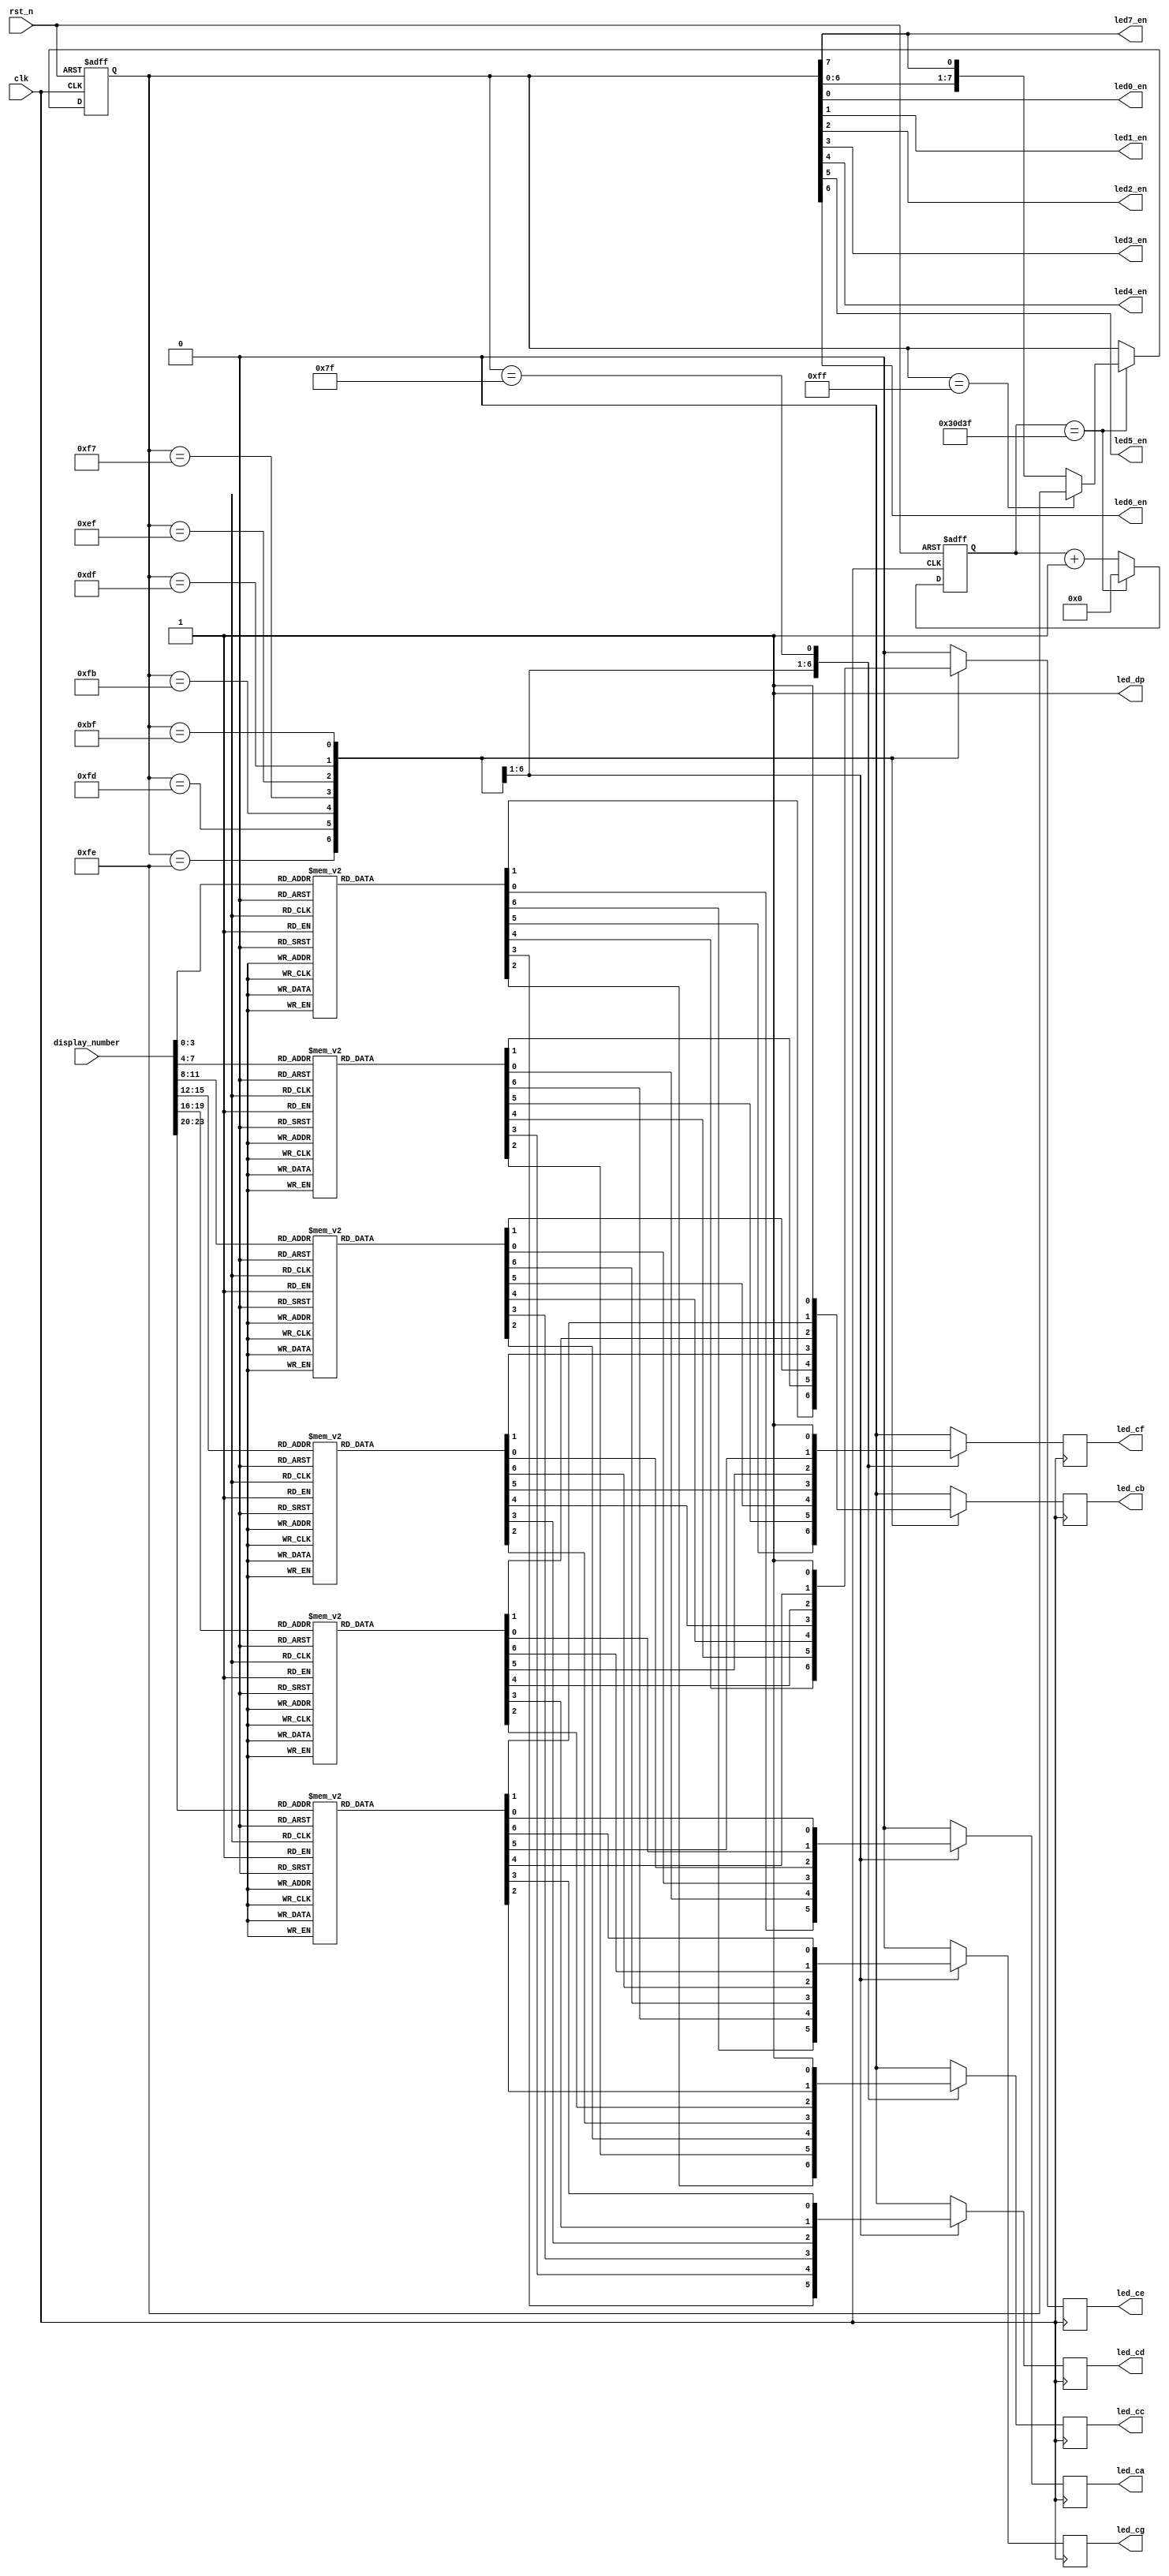
module led_display(
    input clk   ,
	input rst_n ,
	(* DONT_TOUCH = "1" *) input [31:0] display_number,
	output led0_en,
	output led1_en,
	output led2_en,
	output led3_en,
	output led4_en,
	output led5_en,
	output led6_en,
	output led7_en,
	output reg led_ca,
	output reg led_cb,
    output reg led_cc,
	output reg led_cd,
	output reg led_ce,
	output reg led_cf,
	output reg led_cg,
	output led_dp 
);

reg [7:0] led_en;
reg [24:0] cnt2ms;

assign led0_en = led_en[0];
assign led1_en = led_en[1];
assign led2_en = led_en[2];
assign led3_en = led_en[3];
assign led4_en = led_en[4];
assign led5_en = led_en[5];
assign led6_en = led_en[6];
assign led7_en = led_en[7];

assign led_dp = 1'b1;

always @(posedge clk or negedge rst_n) begin
	if(~rst_n)		cnt2ms <= 25'b0;
	else if(cnt2ms == 200_000-1)	cnt2ms <= 25'b0;
	else cnt2ms <= cnt2ms + 25'b1;
end

always @(posedge clk or negedge rst_n) begin
	if(~rst_n) led_en <= 8'b1111_1111;
	else if(cnt2ms == 200_000-1) begin
		if(led_en == 8'b1111_1111)	led_en <= 8'b1111_1110;
		else	led_en <= {led_en[6:0], led_en[7]};
	end
end

always @(posedge clk) begin
	case(led_en)
		8'b1111_1110: begin
			 case(display_number[3:0])
			     4'b0000: begin // 0
			        led_ca <= 1'b0;
                    led_cb <= 1'b0;
                    led_cc <= 1'b0;
                    led_cd <= 1'b0;
                    led_ce <= 1'b0;
                    led_cf <= 1'b0;
                    led_cg <= 1'b1;
                 end
                 4'b0001: begin // 1
                    led_ca <= 1'b1; 
                    led_cb <= 1'b0;
                    led_cc <= 1'b0; 
                    led_cd <= 1'b1;
                    led_ce <= 1'b1;
                    led_cf <= 1'b1;
                    led_cg <= 1'b1;
                 end
                 4'b0010: begin // 2
                    led_ca <= 1'b0;
                    led_cb <= 1'b0;
                    led_cc <= 1'b1;
                    led_cd <= 1'b0;
                    led_ce <= 1'b0;
                    led_cf <= 1'b1;
                    led_cg <= 1'b0;
                 end
                 4'b0011: begin // 3
                    led_ca <= 1'b0;
                    led_cb <= 1'b0;
                    led_cc <= 1'b0;
                    led_cd <= 1'b0;
                    led_ce <= 1'b1;
                    led_cf <= 1'b1;
                    led_cg <= 1'b0;
                 end
                 4'b0100: begin // 4
                    led_ca <= 1'b1; 
                    led_cb <= 1'b0;
                    led_cc <= 1'b0; 
                    led_cd <= 1'b1;
                    led_ce <= 1'b1;
                    led_cf <= 1'b0;
                    led_cg <= 1'b0;
                 end
                 4'b0101: begin // 5
                    led_ca <= 1'b0;
                    led_cb <= 1'b1;
                    led_cc <= 1'b0;
                    led_cd <= 1'b0;
                    led_ce <= 1'b1;
                    led_cf <= 1'b0;
                    led_cg <= 1'b0;
                 end
                 4'b0110: begin // 6
                    led_ca <= 1'b0; 
                    led_cb <= 1'b1;
                    led_cc <= 1'b0; 
                    led_cd <= 1'b0;
                    led_ce <= 1'b0;
                    led_cf <= 1'b0;
                    led_cg <= 1'b0;
                 end
                 4'b0111: begin // 7
                    led_ca <= 1'b0; 
                    led_cb <= 1'b0;
                    led_cc <= 1'b0; 
                    led_cd <= 1'b1;
                    led_ce <= 1'b1;
                    led_cf <= 1'b1;
                    led_cg <= 1'b1;
                 end
                 4'b1000: begin // 8
                    led_ca <= 1'b0; 
                    led_cb <= 1'b0;
                    led_cc <= 1'b0; 
                    led_cd <= 1'b0;
                    led_ce <= 1'b0;
                    led_cf <= 1'b0;
                    led_cg <= 1'b0;
                 end
                 4'b1001: begin // 9
                    led_ca <= 1'b0; 
                    led_cb <= 1'b0;
                    led_cc <= 1'b0; 
                    led_cd <= 1'b1;
                    led_ce <= 1'b1;
                    led_cf <= 1'b0;
                    led_cg <= 1'b0;
                 end
                 4'b1010: begin // a
                    led_ca <= 1'b0; 
                    led_cb <= 1'b0;
                    led_cc <= 1'b0; 
                    led_cd <= 1'b1;
                    led_ce <= 1'b0;
                    led_cf <= 1'b0;
                    led_cg <= 1'b0;
                 end
                 4'b1011: begin // b
                    led_ca <= 1'b1; 
                    led_cb <= 1'b1;
                    led_cc <= 1'b0; 
                    led_cd <= 1'b0;
                    led_ce <= 1'b0;
                    led_cf <= 1'b0;
                    led_cg <= 1'b0;
                 end
                 4'b1100: begin // c
                    led_ca <= 1'b1; 
                    led_cb <= 1'b1;
                    led_cc <= 1'b1; 
                    led_cd <= 1'b0;
                    led_ce <= 1'b0;
                    led_cf <= 1'b1;
                    led_cg <= 1'b0;
                 end
                 4'b1101: begin // d
                    led_ca <= 1'b1; 
                    led_cb <= 1'b0;
                    led_cc <= 1'b0; 
                    led_cd <= 1'b0;
                    led_ce <= 1'b0;
                    led_cf <= 1'b1;
                    led_cg <= 1'b0;
                 end
                 4'b1110: begin // e
                    led_ca <= 1'b0; 
                    led_cb <= 1'b1;
                    led_cc <= 1'b1; 
                    led_cd <= 1'b0;
                    led_ce <= 1'b0;
                    led_cf <= 1'b0;
                    led_cg <= 1'b0;
                 end
                 4'b1111: begin // f
                    led_ca <= 1'b0; 
                    led_cb <= 1'b1;
                    led_cc <= 1'b1; 
                    led_cd <= 1'b1;
                    led_ce <= 1'b0;
                    led_cf <= 1'b0;
                    led_cg <= 1'b0;
                 end
                 default: begin
                    led_ca <= 1'b0; 
                    led_cb <= 1'b0;
                    led_cc <= 1'b0; 
                    led_cd <= 1'b0;
                    led_ce <= 1'b0;
                    led_cf <= 1'b0;
                    led_cg <= 1'b0;
                 end
             endcase
		end
		8'b1111_1101: begin 
		     case(display_number[7:4])
			     4'b0000: begin // 0
			        led_ca <= 1'b0;
                    led_cb <= 1'b0;
                    led_cc <= 1'b0;
                    led_cd <= 1'b0;
                    led_ce <= 1'b0;
                    led_cf <= 1'b0;
                    led_cg <= 1'b1;
                 end
                 4'b0001: begin // 1
                    led_ca <= 1'b1; 
                    led_cb <= 1'b0;
                    led_cc <= 1'b0; 
                    led_cd <= 1'b1;
                    led_ce <= 1'b1;
                    led_cf <= 1'b1;
                    led_cg <= 1'b1;
                 end
                 4'b0010: begin // 2
                    led_ca <= 1'b0;
                    led_cb <= 1'b0;
                    led_cc <= 1'b1;
                    led_cd <= 1'b0;
                    led_ce <= 1'b0;
                    led_cf <= 1'b1;
                    led_cg <= 1'b0;
                 end
                 4'b0011: begin // 3
                    led_ca <= 1'b0;
                    led_cb <= 1'b0;
                    led_cc <= 1'b0;
                    led_cd <= 1'b0;
                    led_ce <= 1'b1;
                    led_cf <= 1'b1;
                    led_cg <= 1'b0;
                 end
                 4'b0100: begin // 4
                    led_ca <= 1'b1; 
                    led_cb <= 1'b0;
                    led_cc <= 1'b0; 
                    led_cd <= 1'b1;
                    led_ce <= 1'b1;
                    led_cf <= 1'b0;
                    led_cg <= 1'b0;
                 end
                 4'b0101: begin // 5
                    led_ca <= 1'b0;
                    led_cb <= 1'b1;
                    led_cc <= 1'b0;
                    led_cd <= 1'b0;
                    led_ce <= 1'b1;
                    led_cf <= 1'b0;
                    led_cg <= 1'b0;
                 end
                 4'b0110: begin // 6
                    led_ca <= 1'b0; 
                    led_cb <= 1'b1;
                    led_cc <= 1'b0; 
                    led_cd <= 1'b0;
                    led_ce <= 1'b0;
                    led_cf <= 1'b0;
                    led_cg <= 1'b0;
                 end
                 4'b0111: begin // 7
                    led_ca <= 1'b0; 
                    led_cb <= 1'b0;
                    led_cc <= 1'b0; 
                    led_cd <= 1'b1;
                    led_ce <= 1'b1;
                    led_cf <= 1'b1;
                    led_cg <= 1'b1;
                 end
                 4'b1000: begin // 8
                    led_ca <= 1'b0; 
                    led_cb <= 1'b0;
                    led_cc <= 1'b0; 
                    led_cd <= 1'b0;
                    led_ce <= 1'b0;
                    led_cf <= 1'b0;
                    led_cg <= 1'b0;
                 end
                 4'b1001: begin // 9
                    led_ca <= 1'b0; 
                    led_cb <= 1'b0;
                    led_cc <= 1'b0; 
                    led_cd <= 1'b1;
                    led_ce <= 1'b1;
                    led_cf <= 1'b0;
                    led_cg <= 1'b0;
                 end
                 4'b1010: begin // a
                    led_ca <= 1'b0; 
                    led_cb <= 1'b0;
                    led_cc <= 1'b0; 
                    led_cd <= 1'b1;
                    led_ce <= 1'b0;
                    led_cf <= 1'b0;
                    led_cg <= 1'b0;
                 end
                 4'b1011: begin // b
                    led_ca <= 1'b1; 
                    led_cb <= 1'b1;
                    led_cc <= 1'b0; 
                    led_cd <= 1'b0;
                    led_ce <= 1'b0;
                    led_cf <= 1'b0;
                    led_cg <= 1'b0;
                 end
                 4'b1100: begin // c
                    led_ca <= 1'b1; 
                    led_cb <= 1'b1;
                    led_cc <= 1'b1; 
                    led_cd <= 1'b0;
                    led_ce <= 1'b0;
                    led_cf <= 1'b1;
                    led_cg <= 1'b0;
                 end
                 4'b1101: begin // d
                    led_ca <= 1'b1; 
                    led_cb <= 1'b0;
                    led_cc <= 1'b0; 
                    led_cd <= 1'b0;
                    led_ce <= 1'b0;
                    led_cf <= 1'b1;
                    led_cg <= 1'b0;
                 end
                 4'b1110: begin // e
                    led_ca <= 1'b0; 
                    led_cb <= 1'b1;
                    led_cc <= 1'b1; 
                    led_cd <= 1'b0;
                    led_ce <= 1'b0;
                    led_cf <= 1'b0;
                    led_cg <= 1'b0;
                 end
                 4'b1111: begin // f
                    led_ca <= 1'b0; 
                    led_cb <= 1'b1;
                    led_cc <= 1'b1; 
                    led_cd <= 1'b1;
                    led_ce <= 1'b0;
                    led_cf <= 1'b0;
                    led_cg <= 1'b0;
                 end
                 default: begin
                    led_ca <= 1'b0; 
                    led_cb <= 1'b0;
                    led_cc <= 1'b0; 
                    led_cd <= 1'b0;
                    led_ce <= 1'b0;
                    led_cf <= 1'b0;
                    led_cg <= 1'b0;
                 end
             endcase
		end
		8'b1111_1011: begin
			 case(display_number[11:8])
			     4'b0000: begin // 0
			        led_ca <= 1'b0;
                    led_cb <= 1'b0;
                    led_cc <= 1'b0;
                    led_cd <= 1'b0;
                    led_ce <= 1'b0;
                    led_cf <= 1'b0;
                    led_cg <= 1'b1;
                 end
                 4'b0001: begin // 1
                    led_ca <= 1'b1; 
                    led_cb <= 1'b0;
                    led_cc <= 1'b0; 
                    led_cd <= 1'b1;
                    led_ce <= 1'b1;
                    led_cf <= 1'b1;
                    led_cg <= 1'b1;
                 end
                 4'b0010: begin // 2
                    led_ca <= 1'b0;
                    led_cb <= 1'b0;
                    led_cc <= 1'b1;
                    led_cd <= 1'b0;
                    led_ce <= 1'b0;
                    led_cf <= 1'b1;
                    led_cg <= 1'b0;
                 end
                 4'b0011: begin // 3
                    led_ca <= 1'b0;
                    led_cb <= 1'b0;
                    led_cc <= 1'b0;
                    led_cd <= 1'b0;
                    led_ce <= 1'b1;
                    led_cf <= 1'b1;
                    led_cg <= 1'b0;
                 end
                 4'b0100: begin // 4
                    led_ca <= 1'b1; 
                    led_cb <= 1'b0;
                    led_cc <= 1'b0; 
                    led_cd <= 1'b1;
                    led_ce <= 1'b1;
                    led_cf <= 1'b0;
                    led_cg <= 1'b0;
                 end
                 4'b0101: begin // 5
                    led_ca <= 1'b0;
                    led_cb <= 1'b1;
                    led_cc <= 1'b0;
                    led_cd <= 1'b0;
                    led_ce <= 1'b1;
                    led_cf <= 1'b0;
                    led_cg <= 1'b0;
                 end
                 4'b0110: begin // 6
                    led_ca <= 1'b0; 
                    led_cb <= 1'b1;
                    led_cc <= 1'b0; 
                    led_cd <= 1'b0;
                    led_ce <= 1'b0;
                    led_cf <= 1'b0;
                    led_cg <= 1'b0;
                 end
                 4'b0111: begin // 7
                    led_ca <= 1'b0; 
                    led_cb <= 1'b0;
                    led_cc <= 1'b0; 
                    led_cd <= 1'b1;
                    led_ce <= 1'b1;
                    led_cf <= 1'b1;
                    led_cg <= 1'b1;
                 end
                 4'b1000: begin // 8
                    led_ca <= 1'b0; 
                    led_cb <= 1'b0;
                    led_cc <= 1'b0; 
                    led_cd <= 1'b0;
                    led_ce <= 1'b0;
                    led_cf <= 1'b0;
                    led_cg <= 1'b0;
                 end
                 4'b1001: begin // 9
                    led_ca <= 1'b0; 
                    led_cb <= 1'b0;
                    led_cc <= 1'b0; 
                    led_cd <= 1'b1;
                    led_ce <= 1'b1;
                    led_cf <= 1'b0;
                    led_cg <= 1'b0;
                 end
                 4'b1010: begin // a
                    led_ca <= 1'b0; 
                    led_cb <= 1'b0;
                    led_cc <= 1'b0; 
                    led_cd <= 1'b1;
                    led_ce <= 1'b0;
                    led_cf <= 1'b0;
                    led_cg <= 1'b0;
                 end
                 4'b1011: begin // b
                    led_ca <= 1'b1; 
                    led_cb <= 1'b1;
                    led_cc <= 1'b0; 
                    led_cd <= 1'b0;
                    led_ce <= 1'b0;
                    led_cf <= 1'b0;
                    led_cg <= 1'b0;
                 end
                 4'b1100: begin // c
                    led_ca <= 1'b1; 
                    led_cb <= 1'b1;
                    led_cc <= 1'b1; 
                    led_cd <= 1'b0;
                    led_ce <= 1'b0;
                    led_cf <= 1'b1;
                    led_cg <= 1'b0;
                 end
                 4'b1101: begin // d
                    led_ca <= 1'b1; 
                    led_cb <= 1'b0;
                    led_cc <= 1'b0; 
                    led_cd <= 1'b0;
                    led_ce <= 1'b0;
                    led_cf <= 1'b1;
                    led_cg <= 1'b0;
                 end
                 4'b1110: begin // e
                    led_ca <= 1'b0; 
                    led_cb <= 1'b1;
                    led_cc <= 1'b1; 
                    led_cd <= 1'b0;
                    led_ce <= 1'b0;
                    led_cf <= 1'b0;
                    led_cg <= 1'b0;
                 end
                 4'b1111: begin // f
                    led_ca <= 1'b0; 
                    led_cb <= 1'b1;
                    led_cc <= 1'b1; 
                    led_cd <= 1'b1;
                    led_ce <= 1'b0;
                    led_cf <= 1'b0;
                    led_cg <= 1'b0;
                 end
                 default: begin
                    led_ca <= 1'b0; 
                    led_cb <= 1'b0;
                    led_cc <= 1'b0; 
                    led_cd <= 1'b0;
                    led_ce <= 1'b0;
                    led_cf <= 1'b0;
                    led_cg <= 1'b0;
                 end
             endcase
		end
		8'b1111_0111: begin 
			 case(display_number[15:12])
			     4'b0000: begin // 0
			        led_ca <= 1'b0;
                    led_cb <= 1'b0;
                    led_cc <= 1'b0;
                    led_cd <= 1'b0;
                    led_ce <= 1'b0;
                    led_cf <= 1'b0;
                    led_cg <= 1'b1;
                 end
                 4'b0001: begin // 1
                    led_ca <= 1'b1; 
                    led_cb <= 1'b0;
                    led_cc <= 1'b0; 
                    led_cd <= 1'b1;
                    led_ce <= 1'b1;
                    led_cf <= 1'b1;
                    led_cg <= 1'b1;
                 end
                 4'b0010: begin // 2
                    led_ca <= 1'b0;
                    led_cb <= 1'b0;
                    led_cc <= 1'b1;
                    led_cd <= 1'b0;
                    led_ce <= 1'b0;
                    led_cf <= 1'b1;
                    led_cg <= 1'b0;
                 end
                 4'b0011: begin // 3
                    led_ca <= 1'b0;
                    led_cb <= 1'b0;
                    led_cc <= 1'b0;
                    led_cd <= 1'b0;
                    led_ce <= 1'b1;
                    led_cf <= 1'b1;
                    led_cg <= 1'b0;
                 end
                 4'b0100: begin // 4
                    led_ca <= 1'b1; 
                    led_cb <= 1'b0;
                    led_cc <= 1'b0; 
                    led_cd <= 1'b1;
                    led_ce <= 1'b1;
                    led_cf <= 1'b0;
                    led_cg <= 1'b0;
                 end
                 4'b0101: begin // 5
                    led_ca <= 1'b0;
                    led_cb <= 1'b1;
                    led_cc <= 1'b0;
                    led_cd <= 1'b0;
                    led_ce <= 1'b1;
                    led_cf <= 1'b0;
                    led_cg <= 1'b0;
                 end
                 4'b0110: begin // 6
                    led_ca <= 1'b0; 
                    led_cb <= 1'b1;
                    led_cc <= 1'b0; 
                    led_cd <= 1'b0;
                    led_ce <= 1'b0;
                    led_cf <= 1'b0;
                    led_cg <= 1'b0;
                 end
                 4'b0111: begin // 7
                    led_ca <= 1'b0; 
                    led_cb <= 1'b0;
                    led_cc <= 1'b0; 
                    led_cd <= 1'b1;
                    led_ce <= 1'b1;
                    led_cf <= 1'b1;
                    led_cg <= 1'b1;
                 end
                 4'b1000: begin // 8
                    led_ca <= 1'b0; 
                    led_cb <= 1'b0;
                    led_cc <= 1'b0; 
                    led_cd <= 1'b0;
                    led_ce <= 1'b0;
                    led_cf <= 1'b0;
                    led_cg <= 1'b0;
                 end
                 4'b1001: begin // 9
                    led_ca <= 1'b0; 
                    led_cb <= 1'b0;
                    led_cc <= 1'b0; 
                    led_cd <= 1'b1;
                    led_ce <= 1'b1;
                    led_cf <= 1'b0;
                    led_cg <= 1'b0;
                 end
                 4'b1010: begin // a
                    led_ca <= 1'b0; 
                    led_cb <= 1'b0;
                    led_cc <= 1'b0; 
                    led_cd <= 1'b1;
                    led_ce <= 1'b0;
                    led_cf <= 1'b0;
                    led_cg <= 1'b0;
                 end
                 4'b1011: begin // b
                    led_ca <= 1'b1; 
                    led_cb <= 1'b1;
                    led_cc <= 1'b0; 
                    led_cd <= 1'b0;
                    led_ce <= 1'b0;
                    led_cf <= 1'b0;
                    led_cg <= 1'b0;
                 end
                 4'b1100: begin // c
                    led_ca <= 1'b1; 
                    led_cb <= 1'b1;
                    led_cc <= 1'b1; 
                    led_cd <= 1'b0;
                    led_ce <= 1'b0;
                    led_cf <= 1'b1;
                    led_cg <= 1'b0;
                 end
                 4'b1101: begin // d
                    led_ca <= 1'b1; 
                    led_cb <= 1'b0;
                    led_cc <= 1'b0; 
                    led_cd <= 1'b0;
                    led_ce <= 1'b0;
                    led_cf <= 1'b1;
                    led_cg <= 1'b0;
                 end
                 4'b1110: begin // e
                    led_ca <= 1'b0; 
                    led_cb <= 1'b1;
                    led_cc <= 1'b1; 
                    led_cd <= 1'b0;
                    led_ce <= 1'b0;
                    led_cf <= 1'b0;
                    led_cg <= 1'b0;
                 end
                 4'b1111: begin // f
                    led_ca <= 1'b0; 
                    led_cb <= 1'b1;
                    led_cc <= 1'b1; 
                    led_cd <= 1'b1;
                    led_ce <= 1'b0;
                    led_cf <= 1'b0;
                    led_cg <= 1'b0;
                 end
                 default: begin
                    led_ca <= 1'b0; 
                    led_cb <= 1'b0;
                    led_cc <= 1'b0; 
                    led_cd <= 1'b0;
                    led_ce <= 1'b0;
                    led_cf <= 1'b0;
                    led_cg <= 1'b0;
                 end
             endcase
		end
		8'b1110_1111: begin 
		     case(display_number[19:16])
			     4'b0000: begin // 0
			        led_ca <= 1'b0;
                    led_cb <= 1'b0;
                    led_cc <= 1'b0;
                    led_cd <= 1'b0;
                    led_ce <= 1'b0;
                    led_cf <= 1'b0;
                    led_cg <= 1'b1;
                 end
                 4'b0001: begin // 1
                    led_ca <= 1'b1; 
                    led_cb <= 1'b0;
                    led_cc <= 1'b0; 
                    led_cd <= 1'b1;
                    led_ce <= 1'b1;
                    led_cf <= 1'b1;
                    led_cg <= 1'b1;
                 end
                 4'b0010: begin // 2
                    led_ca <= 1'b0;
                    led_cb <= 1'b0;
                    led_cc <= 1'b1;
                    led_cd <= 1'b0;
                    led_ce <= 1'b0;
                    led_cf <= 1'b1;
                    led_cg <= 1'b0;
                 end
                 4'b0011: begin // 3
                    led_ca <= 1'b0;
                    led_cb <= 1'b0;
                    led_cc <= 1'b0;
                    led_cd <= 1'b0;
                    led_ce <= 1'b1;
                    led_cf <= 1'b1;
                    led_cg <= 1'b0;
                 end
                 4'b0100: begin // 4
                    led_ca <= 1'b1; 
                    led_cb <= 1'b0;
                    led_cc <= 1'b0; 
                    led_cd <= 1'b1;
                    led_ce <= 1'b1;
                    led_cf <= 1'b0;
                    led_cg <= 1'b0;
                 end
                 4'b0101: begin // 5
                    led_ca <= 1'b0;
                    led_cb <= 1'b1;
                    led_cc <= 1'b0;
                    led_cd <= 1'b0;
                    led_ce <= 1'b1;
                    led_cf <= 1'b0;
                    led_cg <= 1'b0;
                 end
                 4'b0110: begin // 6
                    led_ca <= 1'b0; 
                    led_cb <= 1'b1;
                    led_cc <= 1'b0; 
                    led_cd <= 1'b0;
                    led_ce <= 1'b0;
                    led_cf <= 1'b0;
                    led_cg <= 1'b0;
                 end
                 4'b0111: begin // 7
                    led_ca <= 1'b0; 
                    led_cb <= 1'b0;
                    led_cc <= 1'b0; 
                    led_cd <= 1'b1;
                    led_ce <= 1'b1;
                    led_cf <= 1'b1;
                    led_cg <= 1'b1;
                 end
                 4'b1000: begin // 8
                    led_ca <= 1'b0; 
                    led_cb <= 1'b0;
                    led_cc <= 1'b0; 
                    led_cd <= 1'b0;
                    led_ce <= 1'b0;
                    led_cf <= 1'b0;
                    led_cg <= 1'b0;
                 end
                 4'b1001: begin // 9
                    led_ca <= 1'b0; 
                    led_cb <= 1'b0;
                    led_cc <= 1'b0; 
                    led_cd <= 1'b1;
                    led_ce <= 1'b1;
                    led_cf <= 1'b0;
                    led_cg <= 1'b0;
                 end
                 4'b1010: begin // a
                    led_ca <= 1'b0; 
                    led_cb <= 1'b0;
                    led_cc <= 1'b0; 
                    led_cd <= 1'b1;
                    led_ce <= 1'b0;
                    led_cf <= 1'b0;
                    led_cg <= 1'b0;
                 end
                 4'b1011: begin // b
                    led_ca <= 1'b1; 
                    led_cb <= 1'b1;
                    led_cc <= 1'b0; 
                    led_cd <= 1'b0;
                    led_ce <= 1'b0;
                    led_cf <= 1'b0;
                    led_cg <= 1'b0;
                 end
                 4'b1100: begin // c
                    led_ca <= 1'b1; 
                    led_cb <= 1'b1;
                    led_cc <= 1'b1; 
                    led_cd <= 1'b0;
                    led_ce <= 1'b0;
                    led_cf <= 1'b1;
                    led_cg <= 1'b0;
                 end
                 4'b1101: begin // d
                    led_ca <= 1'b1; 
                    led_cb <= 1'b0;
                    led_cc <= 1'b0; 
                    led_cd <= 1'b0;
                    led_ce <= 1'b0;
                    led_cf <= 1'b1;
                    led_cg <= 1'b0;
                 end
                 4'b1110: begin // e
                    led_ca <= 1'b0; 
                    led_cb <= 1'b1;
                    led_cc <= 1'b1; 
                    led_cd <= 1'b0;
                    led_ce <= 1'b0;
                    led_cf <= 1'b0;
                    led_cg <= 1'b0;
                 end
                 4'b1111: begin // f
                    led_ca <= 1'b0; 
                    led_cb <= 1'b1;
                    led_cc <= 1'b1; 
                    led_cd <= 1'b1;
                    led_ce <= 1'b0;
                    led_cf <= 1'b0;
                    led_cg <= 1'b0;
                 end
                 default: begin
                    led_ca <= 1'b0; 
                    led_cb <= 1'b0;
                    led_cc <= 1'b0; 
                    led_cd <= 1'b0;
                    led_ce <= 1'b0;
                    led_cf <= 1'b0;
                    led_cg <= 1'b0;
                 end
             endcase
		end
		8'b1101_1111: begin 
		 	 case(display_number[23:20])
			     4'b0000: begin // 0
			        led_ca <= 1'b0;
                    led_cb <= 1'b0;
                    led_cc <= 1'b0;
                    led_cd <= 1'b0;
                    led_ce <= 1'b0;
                    led_cf <= 1'b0;
                    led_cg <= 1'b1;
                 end
                 4'b0001: begin // 1
                    led_ca <= 1'b1; 
                    led_cb <= 1'b0;
                    led_cc <= 1'b0; 
                    led_cd <= 1'b1;
                    led_ce <= 1'b1;
                    led_cf <= 1'b1;
                    led_cg <= 1'b1;
                 end
                 4'b0010: begin // 2
                    led_ca <= 1'b0;
                    led_cb <= 1'b0;
                    led_cc <= 1'b1;
                    led_cd <= 1'b0;
                    led_ce <= 1'b0;
                    led_cf <= 1'b1;
                    led_cg <= 1'b0;
                 end
                 4'b0011: begin // 3
                    led_ca <= 1'b0;
                    led_cb <= 1'b0;
                    led_cc <= 1'b0;
                    led_cd <= 1'b0;
                    led_ce <= 1'b1;
                    led_cf <= 1'b1;
                    led_cg <= 1'b0;
                 end
                 4'b0100: begin // 4
                    led_ca <= 1'b1; 
                    led_cb <= 1'b0;
                    led_cc <= 1'b0; 
                    led_cd <= 1'b1;
                    led_ce <= 1'b1;
                    led_cf <= 1'b0;
                    led_cg <= 1'b0;
                 end
                 4'b0101: begin // 5
                    led_ca <= 1'b0;
                    led_cb <= 1'b1;
                    led_cc <= 1'b0;
                    led_cd <= 1'b0;
                    led_ce <= 1'b1;
                    led_cf <= 1'b0;
                    led_cg <= 1'b0;
                 end
                 4'b0110: begin // 6
                    led_ca <= 1'b0; 
                    led_cb <= 1'b1;
                    led_cc <= 1'b0; 
                    led_cd <= 1'b0;
                    led_ce <= 1'b0;
                    led_cf <= 1'b0;
                    led_cg <= 1'b0;
                 end
                 4'b0111: begin // 7
                    led_ca <= 1'b0; 
                    led_cb <= 1'b0;
                    led_cc <= 1'b0; 
                    led_cd <= 1'b1;
                    led_ce <= 1'b1;
                    led_cf <= 1'b1;
                    led_cg <= 1'b1;
                 end
                 4'b1000: begin // 8
                    led_ca <= 1'b0; 
                    led_cb <= 1'b0;
                    led_cc <= 1'b0; 
                    led_cd <= 1'b0;
                    led_ce <= 1'b0;
                    led_cf <= 1'b0;
                    led_cg <= 1'b0;
                 end
                 4'b1001: begin // 9
                    led_ca <= 1'b0; 
                    led_cb <= 1'b0;
                    led_cc <= 1'b0; 
                    led_cd <= 1'b1;
                    led_ce <= 1'b1;
                    led_cf <= 1'b0;
                    led_cg <= 1'b0;
                 end
                 4'b1010: begin // a
                    led_ca <= 1'b0; 
                    led_cb <= 1'b0;
                    led_cc <= 1'b0; 
                    led_cd <= 1'b1;
                    led_ce <= 1'b0;
                    led_cf <= 1'b0;
                    led_cg <= 1'b0;
                 end
                 4'b1011: begin // b
                    led_ca <= 1'b1; 
                    led_cb <= 1'b1;
                    led_cc <= 1'b0; 
                    led_cd <= 1'b0;
                    led_ce <= 1'b0;
                    led_cf <= 1'b0;
                    led_cg <= 1'b0;
                 end
                 4'b1100: begin // c
                    led_ca <= 1'b1; 
                    led_cb <= 1'b1;
                    led_cc <= 1'b1; 
                    led_cd <= 1'b0;
                    led_ce <= 1'b0;
                    led_cf <= 1'b1;
                    led_cg <= 1'b0;
                 end
                 4'b1101: begin // d
                    led_ca <= 1'b1; 
                    led_cb <= 1'b0;
                    led_cc <= 1'b0; 
                    led_cd <= 1'b0;
                    led_ce <= 1'b0;
                    led_cf <= 1'b1;
                    led_cg <= 1'b0;
                 end
                 4'b1110: begin // e
                    led_ca <= 1'b0; 
                    led_cb <= 1'b1;
                    led_cc <= 1'b1; 
                    led_cd <= 1'b0;
                    led_ce <= 1'b0;
                    led_cf <= 1'b0;
                    led_cg <= 1'b0;
                 end
                 4'b1111: begin // f
                    led_ca <= 1'b0; 
                    led_cb <= 1'b1;
                    led_cc <= 1'b1; 
                    led_cd <= 1'b1;
                    led_ce <= 1'b0;
                    led_cf <= 1'b0;
                    led_cg <= 1'b0;
                 end
                 default: begin
                    led_ca <= 1'b0; 
                    led_cb <= 1'b0;
                    led_cc <= 1'b0; 
                    led_cd <= 1'b0;
                    led_ce <= 1'b0;
                    led_cf <= 1'b0;
                    led_cg <= 1'b0;
                 end
             endcase
		end
		8'b1011_1111: begin
            led_ca <= 1'b0;
            led_cb <= 1'b1;
            led_cc <= 1'b0;
            led_cd <= 1'b0;
            led_ce <= 1'b1;
            led_cf <= 1'b0;
            led_cg <= 1'b0;
//			  case(display_number[27:24])
//			      4'b0000: begin // 0
//			         led_ca <= 1'b0;
//                     led_cb <= 1'b0;
//                     led_cc <= 1'b0;
//                     led_cd <= 1'b0;
//                     led_ce <= 1'b0;
//                     led_cf <= 1'b0;
//                     led_cg <= 1'b1;
//                  end
//                  4'b0001: begin // 1
//                     led_ca <= 1'b1; 
//                     led_cb <= 1'b0;
//                     led_cc <= 1'b0; 
//                     led_cd <= 1'b1;
//                     led_ce <= 1'b1;
//                     led_cf <= 1'b1;
//                     led_cg <= 1'b1;
//                  end
//                  4'b0010: begin // 2
//                     led_ca <= 1'b0;
//                     led_cb <= 1'b0;
//                     led_cc <= 1'b1;
//                     led_cd <= 1'b0;
//                     led_ce <= 1'b0;
//                     led_cf <= 1'b1;
//                     led_cg <= 1'b0;
//                  end
//                  4'b0011: begin // 3
//                     led_ca <= 1'b0;
//                     led_cb <= 1'b0;
//                     led_cc <= 1'b0;
//                     led_cd <= 1'b0;
//                     led_ce <= 1'b1;
//                     led_cf <= 1'b1;
//                     led_cg <= 1'b0;
//                  end
//                  4'b0100: begin // 4
//                     led_ca <= 1'b1; 
//                     led_cb <= 1'b0;
//                     led_cc <= 1'b0; 
//                     led_cd <= 1'b1;
//                     led_ce <= 1'b1;
//                     led_cf <= 1'b0;
//                     led_cg <= 1'b0;
//                  end
//                  4'b0101: begin // 5
//                     led_ca <= 1'b0;
//                     led_cb <= 1'b1;
//                     led_cc <= 1'b0;
//                     led_cd <= 1'b0;
//                     led_ce <= 1'b1;
//                     led_cf <= 1'b0;
//                     led_cg <= 1'b0;
//                  end
//                  4'b0110: begin // 6
//                     led_ca <= 1'b0; 
//                     led_cb <= 1'b1;
//                     led_cc <= 1'b0; 
//                     led_cd <= 1'b0;
//                     led_ce <= 1'b0;
//                     led_cf <= 1'b0;
//                     led_cg <= 1'b0;
//                  end
//                  4'b0111: begin // 7
//                     led_ca <= 1'b0; 
//                     led_cb <= 1'b0;
//                     led_cc <= 1'b0; 
//                     led_cd <= 1'b1;
//                     led_ce <= 1'b1;
//                     led_cf <= 1'b1;
//                     led_cg <= 1'b1;
//                  end
//                  4'b1000: begin // 8
//                     led_ca <= 1'b0; 
//                     led_cb <= 1'b0;
//                     led_cc <= 1'b0; 
//                     led_cd <= 1'b0;
//                     led_ce <= 1'b0;
//                     led_cf <= 1'b0;
//                     led_cg <= 1'b0;
//                  end
//                  4'b1001: begin // 9
//                     led_ca <= 1'b0; 
//                     led_cb <= 1'b0;
//                     led_cc <= 1'b0; 
//                     led_cd <= 1'b1;
//                     led_ce <= 1'b1;
//                     led_cf <= 1'b0;
//                     led_cg <= 1'b0;
//                  end
//                  4'b1010: begin // a
//                     led_ca <= 1'b0; 
//                     led_cb <= 1'b0;
//                     led_cc <= 1'b0; 
//                     led_cd <= 1'b1;
//                     led_ce <= 1'b0;
//                     led_cf <= 1'b0;
//                     led_cg <= 1'b0;
//                  end
//                  4'b1011: begin // b
//                     led_ca <= 1'b1; 
//                     led_cb <= 1'b1;
//                     led_cc <= 1'b0; 
//                     led_cd <= 1'b0;
//                     led_ce <= 1'b0;
//                     led_cf <= 1'b0;
//                     led_cg <= 1'b0;
//                  end
//                  4'b1100: begin // c
//                     led_ca <= 1'b1; 
//                     led_cb <= 1'b1;
//                     led_cc <= 1'b1; 
//                     led_cd <= 1'b0;
//                     led_ce <= 1'b0;
//                     led_cf <= 1'b1;
//                     led_cg <= 1'b0;
//                  end
//                  4'b1101: begin // d
//                     led_ca <= 1'b1; 
//                     led_cb <= 1'b0;
//                     led_cc <= 1'b0; 
//                     led_cd <= 1'b0;
//                     led_ce <= 1'b0;
//                     led_cf <= 1'b1;
//                     led_cg <= 1'b0;
//                  end
//                  4'b1110: begin // e
//                     led_ca <= 1'b0; 
//                     led_cb <= 1'b1;
//                     led_cc <= 1'b1; 
//                     led_cd <= 1'b0;
//                     led_ce <= 1'b0;
//                     led_cf <= 1'b0;
//                     led_cg <= 1'b0;
//                  end
//                  4'b1111: begin // f
//                     led_ca <= 1'b0; 
//                     led_cb <= 1'b1;
//                     led_cc <= 1'b1; 
//                     led_cd <= 1'b1;
//                     led_ce <= 1'b0;
//                     led_cf <= 1'b0;
//                     led_cg <= 1'b0;
//                  end
//                  default: begin
//                     led_ca <= 1'b0; 
//                     led_cb <= 1'b0;
//                     led_cc <= 1'b0; 
//                     led_cd <= 1'b0;
//                     led_ce <= 1'b0;
//                     led_cf <= 1'b0;
//                     led_cg <= 1'b0;
//                  end
//              endcase				
		end
		8'b0111_1111: begin 
            led_ca <= 1'b0;
            led_cb <= 1'b0;
            led_cc <= 1'b1;
            led_cd <= 1'b0;
            led_ce <= 1'b0;
            led_cf <= 1'b1;
            led_cg <= 1'b0;
//		      case(display_number[31:28])
//			      4'b0000: begin // 0
//			         led_ca <= 1'b0;
//                     led_cb <= 1'b0;
//                     led_cc <= 1'b0;
//                     led_cd <= 1'b0;
//                     led_ce <= 1'b0;
//                     led_cf <= 1'b0;
//                     led_cg <= 1'b1;
//                  end
//                  4'b0001: begin // 1
//                     led_ca <= 1'b1; 
//                     led_cb <= 1'b0;
//                     led_cc <= 1'b0; 
//                     led_cd <= 1'b1;
//                     led_ce <= 1'b1;
//                     led_cf <= 1'b1;
//                     led_cg <= 1'b1;
//                  end
//                  4'b0010: begin // 2
//                     led_ca <= 1'b0;
//                     led_cb <= 1'b0;
//                     led_cc <= 1'b1;
//                     led_cd <= 1'b0;
//                     led_ce <= 1'b0;
//                     led_cf <= 1'b1;
//                     led_cg <= 1'b0;
//                  end
//                  4'b0011: begin // 3
//                     led_ca <= 1'b0;
//                     led_cb <= 1'b0;
//                     led_cc <= 1'b0;
//                     led_cd <= 1'b0;
//                     led_ce <= 1'b1;
//                     led_cf <= 1'b1;
//                     led_cg <= 1'b0;
//                  end
//                  4'b0100: begin // 4
//                     led_ca <= 1'b1; 
//                     led_cb <= 1'b0;
//                     led_cc <= 1'b0; 
//                     led_cd <= 1'b1;
//                     led_ce <= 1'b1;
//                     led_cf <= 1'b0;
//                     led_cg <= 1'b0;
//                  end
//                  4'b0101: begin // 5
//                     led_ca <= 1'b0;
//                     led_cb <= 1'b1;
//                     led_cc <= 1'b0;
//                     led_cd <= 1'b0;
//                     led_ce <= 1'b1;
//                     led_cf <= 1'b0;
//                     led_cg <= 1'b0;
//                  end
//                  4'b0110: begin // 6
//                     led_ca <= 1'b0; 
//                     led_cb <= 1'b1;
//                     led_cc <= 1'b0; 
//                     led_cd <= 1'b0;
//                     led_ce <= 1'b0;
//                     led_cf <= 1'b0;
//                     led_cg <= 1'b0;
//                  end
//                  4'b0111: begin // 7
//                     led_ca <= 1'b0; 
//                     led_cb <= 1'b0;
//                     led_cc <= 1'b0; 
//                     led_cd <= 1'b1;
//                     led_ce <= 1'b1;
//                     led_cf <= 1'b1;
//                     led_cg <= 1'b1;
//                  end
//                  4'b1000: begin // 8
//                     led_ca <= 1'b0; 
//                     led_cb <= 1'b0;
//                     led_cc <= 1'b0; 
//                     led_cd <= 1'b0;
//                     led_ce <= 1'b0;
//                     led_cf <= 1'b0;
//                     led_cg <= 1'b0;
//                  end
//                  4'b1001: begin // 9
//                     led_ca <= 1'b0; 
//                     led_cb <= 1'b0;
//                     led_cc <= 1'b0; 
//                     led_cd <= 1'b1;
//                     led_ce <= 1'b1;
//                     led_cf <= 1'b0;
//                     led_cg <= 1'b0;
//                  end
//                  4'b1010: begin // a
//                     led_ca <= 1'b0; 
//                     led_cb <= 1'b0;
//                     led_cc <= 1'b0; 
//                     led_cd <= 1'b1;
//                     led_ce <= 1'b0;
//                     led_cf <= 1'b0;
//                     led_cg <= 1'b0;
//                  end
//                  4'b1011: begin // b
//                     led_ca <= 1'b1; 
//                     led_cb <= 1'b1;
//                     led_cc <= 1'b0; 
//                     led_cd <= 1'b0;
//                     led_ce <= 1'b0;
//                     led_cf <= 1'b0;
//                     led_cg <= 1'b0;
//                  end
//                  4'b1100: begin // c
//                     led_ca <= 1'b1; 
//                     led_cb <= 1'b1;
//                     led_cc <= 1'b1; 
//                     led_cd <= 1'b0;
//                     led_ce <= 1'b0;
//                     led_cf <= 1'b1;
//                     led_cg <= 1'b0;
//                  end
//                  4'b1101: begin // d
//                     led_ca <= 1'b1; 
//                     led_cb <= 1'b0;
//                     led_cc <= 1'b0; 
//                     led_cd <= 1'b0;
//                     led_ce <= 1'b0;
//                     led_cf <= 1'b1;
//                     led_cg <= 1'b0;
//                  end
//                  4'b1110: begin // e
//                     led_ca <= 1'b0; 
//                     led_cb <= 1'b1;
//                     led_cc <= 1'b1; 
//                     led_cd <= 1'b0;
//                     led_ce <= 1'b0;
//                     led_cf <= 1'b0;
//                     led_cg <= 1'b0;
//                  end
//                  4'b1111: begin // f
//                     led_ca <= 1'b0; 
//                     led_cb <= 1'b1;
//                     led_cc <= 1'b1; 
//                     led_cd <= 1'b1;
//                     led_ce <= 1'b0;
//                     led_cf <= 1'b0;
//                     led_cg <= 1'b0;
//                  end
//                  default: begin
//                     led_ca <= 1'b0; 
//                     led_cb <= 1'b0;
//                     led_cc <= 1'b0; 
//                     led_cd <= 1'b0;
//                     led_ce <= 1'b0;
//                     led_cf <= 1'b0;
//                     led_cg <= 1'b0;
//                  end
//              endcase
		end
		default: begin
		     led_ca <= 1'b0; 
             led_cb <= 1'b0;
             led_cc <= 1'b0; 
             led_cd <= 1'b0;
             led_ce <= 1'b0;
             led_cf <= 1'b0;
             led_cg <= 1'b0;
		end
	endcase
end

endmodule